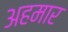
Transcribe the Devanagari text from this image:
अहमार